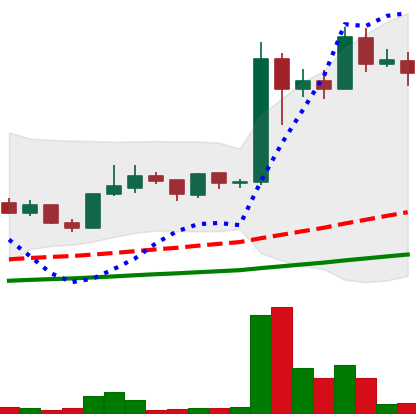
Ticker: LINK-USD
Chart end date: 2019-06-20
Forward return: 24.024%
Label: up_7plus